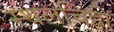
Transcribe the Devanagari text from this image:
स्थलचिह्रों